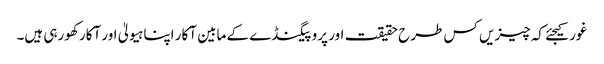
غور کیجئے کہ چیزیں کس طرح حقیقت اور پروپیگنڈے کے مابین آکار اپنا ہیولیٰ اور آکار کھورہی ہیں۔